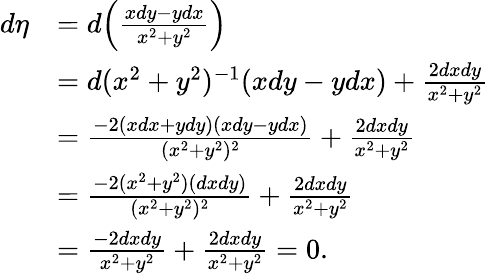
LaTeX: \begin{array}{rl}{d\eta}&{=d\Big(\frac{xdy-ydx}{x^{2}+y^{2}}\Big)}\\ &{=d(x^{2}+y^{2})^{-1}(xdy-ydx)+\frac{2dxdy}{x^{2}+y^{2}}}\\ &{=\frac{-2(xdx+ydy)(xdy-ydx)}{(x^{2}+y^{2})^{2}}+\frac{2dxdy}{x^{2}+y^{2}}}\\ &{=\frac{-2(x^{2}+y^{2})(dxdy)}{(x^{2}+y^{2})^{2}}+\frac{2dxdy}{x^{2}+y^{2}}}\\ &{=\frac{-2dxdy}{x^{2}+y^{2}}+\frac{2dxdy}{x^{2}+y^{2}}=0.}\end{array}